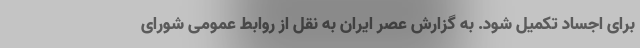
برای اجساد تکمیل شود. به گزارش عصر ایران به نقل از روابط عمومی شورای